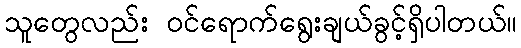
သူတွေလည်း ဝင်ရောက်ရွေးချယ်ခွင့်ရှိပါတယ်။